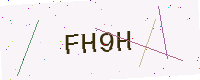
Text: FH9H